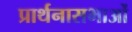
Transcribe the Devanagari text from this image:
प्रार्थनासभाओं